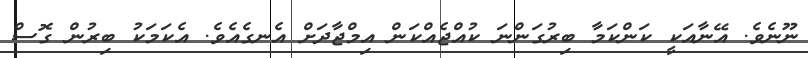
ނޫނެވެ. އޭނާއަކީ ކަންކަމާ ބިރުގަންނަ ކުއްޖެއްކަން އިމްޖާދަށް އެނގެއެވެ. އެކަމަކު ބިރުން ގޮސް